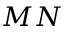
M N